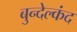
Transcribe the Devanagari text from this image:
बुन्देल्कंद